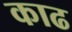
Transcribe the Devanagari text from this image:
काढ